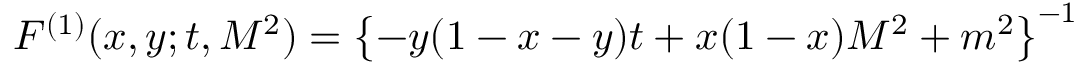
F ^ { ( 1 ) } ( x , y ; t , M ^ { 2 } ) = \left\{ - y ( 1 - x - y ) t + x ( 1 - x ) M ^ { 2 } + m ^ { 2 } \right\} ^ { - 1 }